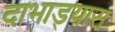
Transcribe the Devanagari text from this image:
दाभाड्यास